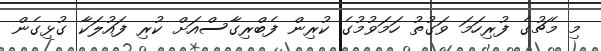
މި މެޗުގެ ފުރިހަމަ ވަގުތު ހަމަވުމުގެ ކުރިން ފެބްރިގާސްއަށް ކުރި ފައުލަކާ ގުޅިގެން